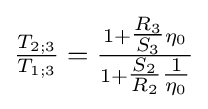
{\tfrac {T_{2;3}}{T_{1;3}}}={\tfrac {1+{\tfrac {R_{3}}{S_{3}}}\eta _{0}}{1+{\tfrac {S_{2}}{R_{2}}}{\tfrac {1}{\eta _{0}}}}}